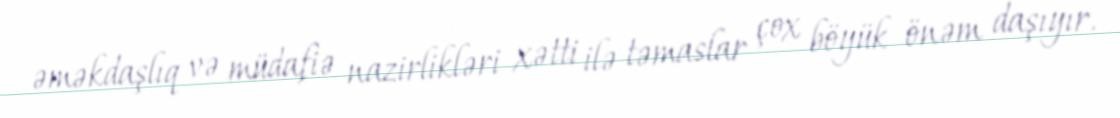
əməkdaşlıq və müdafiə nazirlikləri xətti ilə təmaslar çox böyük önəm daşıyır.